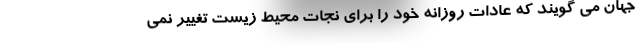
جهان می گویند که عادات روزانه خود را برای نجات محیط زیست تغییر نمی